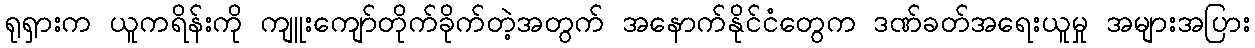
ရုရှားက ယူကရိန်းကို ကျူးကျော်တိုက်ခိုက်တဲ့အတွက် အနောက်နိုင်ငံတွေက ဒဏ်ခတ်အရေးယူမှု အများအပြား